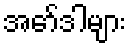
အော်ဒါများ